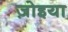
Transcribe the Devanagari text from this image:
ज़ोइया